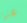
عجلوا